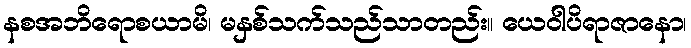
နစအဘိရောစယာမိ၊ မနှစ်သက်သည်သာတည်း။ ယေဝါပိရာဇာနော၊